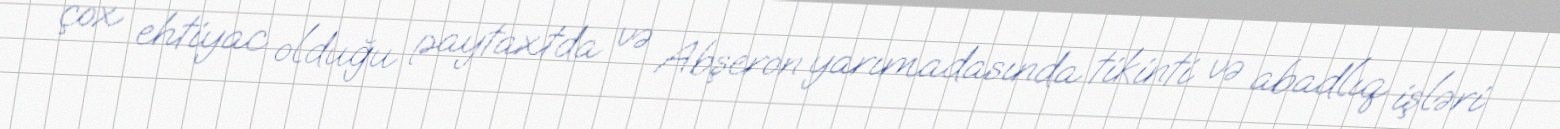
çox ehtiyac olduğu paytaxtda və Abşeron yarımadasında tikinti və abadlıq işləri